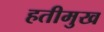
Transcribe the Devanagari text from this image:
हतीमुख